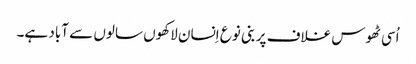
اُسی ٹھوس غلاف پر بنی نوع اِنسان لاکھوں سالوں سے آباد ہے۔